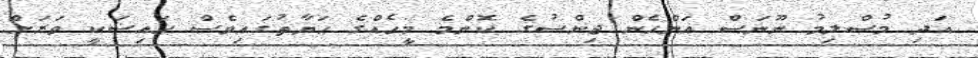
އަދި މުސްލިމު ނޫނަސް އަންހެން ޖިންސުގެ ކޮންމެ މީހެއްގެ ޙަޔާތުގައިވެސް ޙައިޟަކީ ވަރަށް